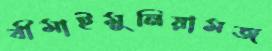
বীমাইমুনিয়ামজ